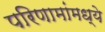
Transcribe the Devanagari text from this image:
परिणामांमध्ये